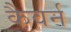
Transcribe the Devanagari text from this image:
कैवर्न